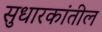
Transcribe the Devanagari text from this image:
सुधारकांतील